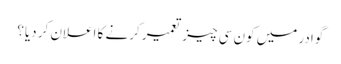
گوادر میں کون سی چیز تعمیر کرنے کا اعلان کر دیا؟